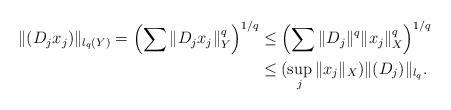
LaTeX: \begin{align*}\|(D_j x_j)\|_{l_{q}(Y)}=\left ( \sum \|D_j x_j\|_Y^q\right )^{1/q} &\leq\left ( \sum\|D_j\|^q \|x_j\|_X^q\right )^{1/q} \\ &\le (\sup_j \|x_j\|_X) \|(D_j)\|_{l_q}. \end{align*}